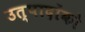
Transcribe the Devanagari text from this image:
उत्पादोंको